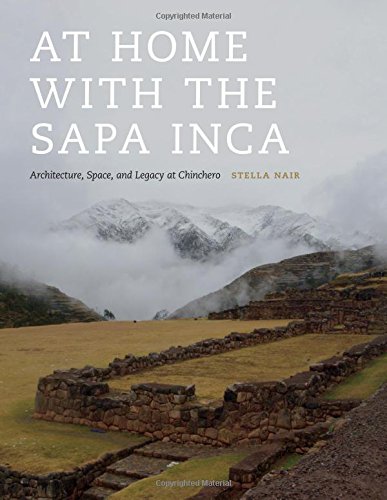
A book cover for At Home with the Sapa Inca: Architecture, Space, and Legacy at Chinchero (Recovering Languages and Literacies of the Americas); Stella Nair; History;